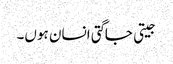
جیتی جاگتی انسان ہوں۔